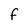
Character: F